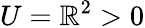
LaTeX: U=\mathbb{R}^{2}>0